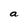
Character: a